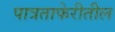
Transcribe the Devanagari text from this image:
पात्रताफेरीतील